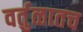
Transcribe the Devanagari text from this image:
वर्तुळातच